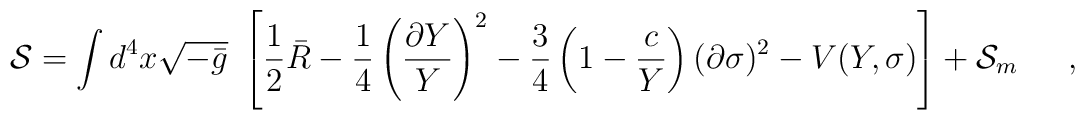
{\cal S} = \int d^4x \sqrt{-\bar{g}}\ \left[ \frac{1}{2} \bar{R}- \frac{1}{4} \left(\frac{\partial Y}{Y}\right)^2 - \frac{3}{4}\left(1 - \frac{c}{Y}\right) (\partial \sigma)^2- V(Y,\sigma) \right] + {\cal S}_m \hspace{5mm} \ ,